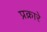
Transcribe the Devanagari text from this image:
प्रक्रारे